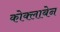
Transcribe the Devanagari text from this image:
कोक्लाबेन